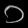
Digit: ၁